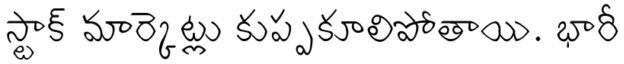
స్టాక్ మార్కెట్లు కుప్పకూలిపోతాయి. భారీ